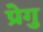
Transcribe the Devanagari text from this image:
प्रेगु